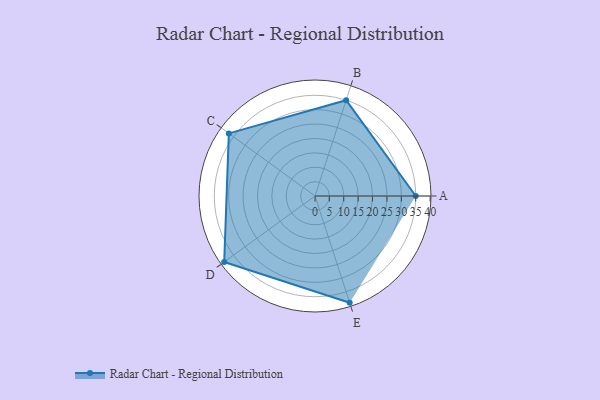
{"axis": {"x": "Skill", "y": "Score"}, "legend": ["Profile"], "data": [{"x": "A", "y": 35.0, "type": "Profile"}, {"x": "B", "y": 35.0, "type": "Profile"}, {"x": "C", "y": 37.0, "type": "Profile"}, {"x": "D", "y": 39.0, "type": "Profile"}, {"x": "E", "y": 39.0, "type": "Profile"}]}